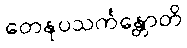
တေနုပသင်္ကန္တောတိ